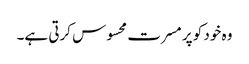
وہ خود کو پر مسرت محسوس کرتی ہے۔